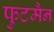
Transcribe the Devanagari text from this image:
फुटमैन